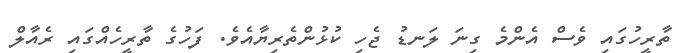
ތާރީހުގައި ވެސް އެންމެ ގިނަ ލަނޑު ޖެހި ކުޅުންތެރިޔާއެވެ. ފަހުގެ ތާރީހެއްގައި ރެއާލް